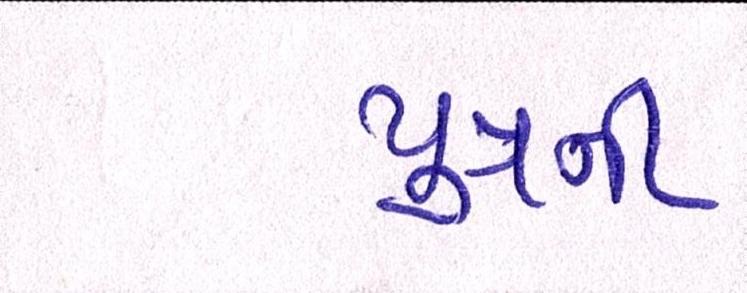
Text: પુત્રની